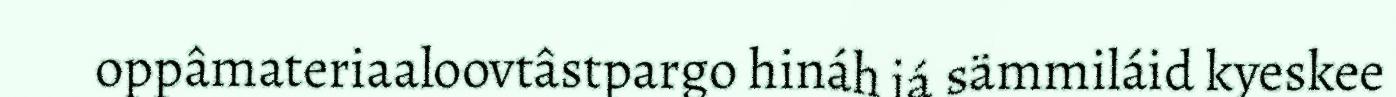
oppâmateriaaloovtâstpargo hináh já sämmiláid kyeskee